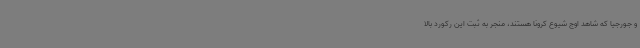
و جورجیا که شاهد اوج شیوع کرونا هستند، منجر به ثبت این رکورد بالا